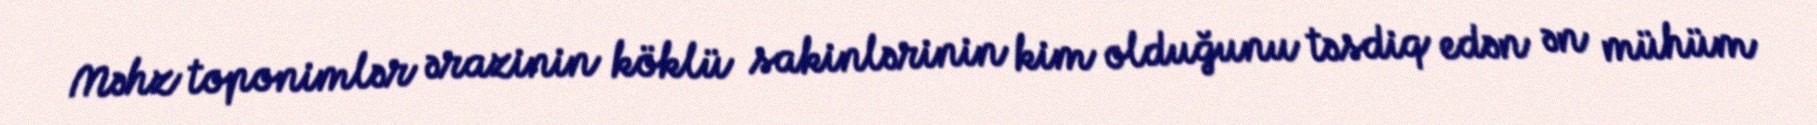
Məhz toponimlər ərazinin köklü sakinlərinin kim olduğunu təsdiq edən ən mühüm